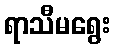
ရာသီမရွေး